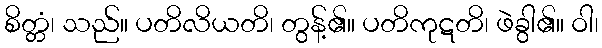
စိတ္တံ၊ သည်။ ပတိလိယတိ၊ တွန့်၏။ ပတိကုဋတိ၊ ဖဲခွါ၏။ ဝါ၊